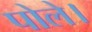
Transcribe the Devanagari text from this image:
पोले।